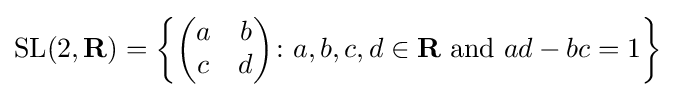
{\mbox{SL}}(2,\mathbf {R} )=\left\{{\begin{pmatrix}a&b\\c&d\end{pmatrix}}\colon a,b,c,d\in \mathbf {R} {\mbox{ and }}ad-bc=1\right\}